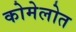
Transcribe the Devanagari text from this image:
कोमेलोत